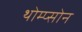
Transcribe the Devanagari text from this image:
थोम्प्सोन